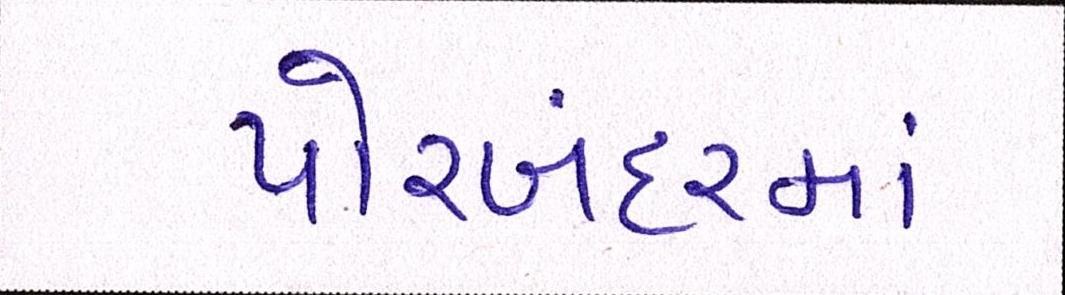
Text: પોરબંદરમાં